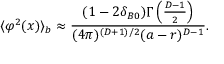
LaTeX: \langle \varphi ^ { 2 } ( x ) \rangle _ { b } \approx \frac { ( 1 - 2 \delta _ { B 0 } ) \Gamma \left( \frac { D - 1 } { 2 } \right) } { ( 4 \pi ) ^ { ( D + 1 ) / 2 } ( a - r ) ^ { D - 1 } } .